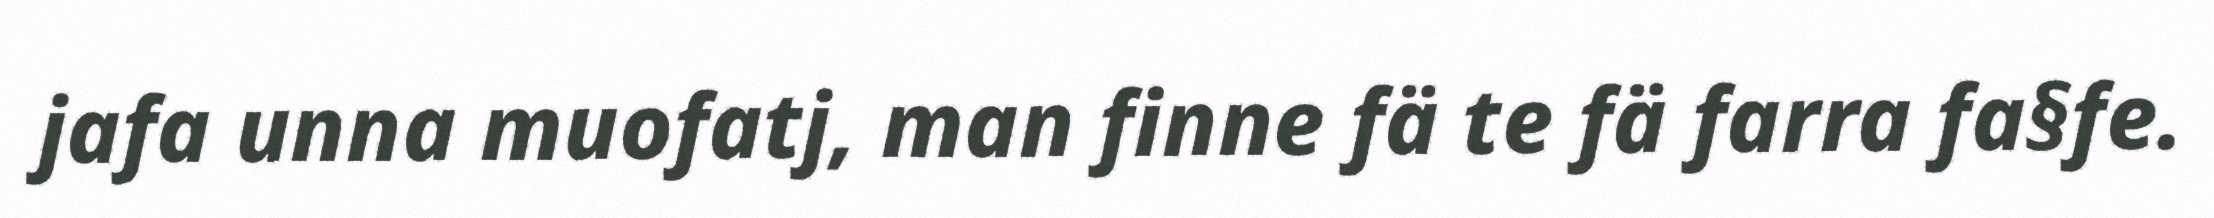
jafa unna muofatj, man finne fä te fä farra fa§fe.